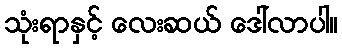
သုံးရာနှင့် လေးဆယ် ဒေါ်လာပါ။